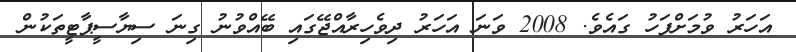
އަހަރު ވުމަށްފަހު ގައެވެ. 2008 ވަނަ އަހަރު ދިވެހިރާއްޖޭގައި ބޭއްވުނު ގިނަ ސިޔާސީޕާޓީތަކުން